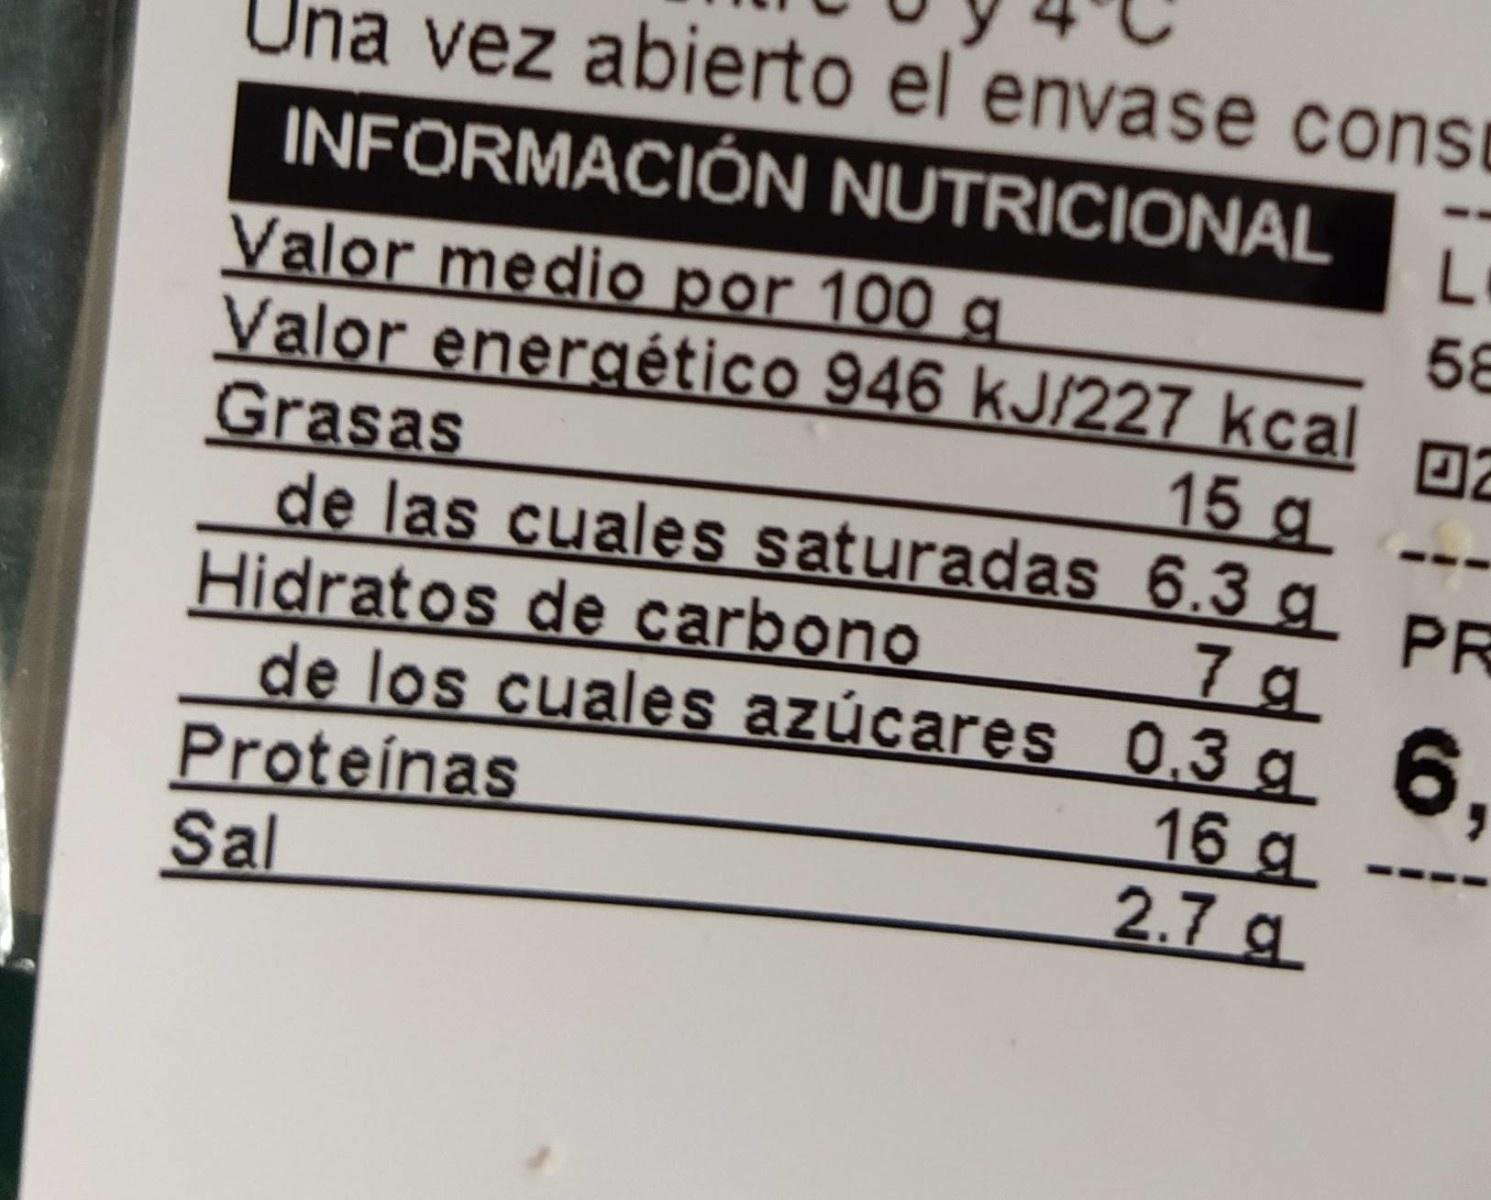
Una vez abierto el envase cons INFORMACIÓN NUTRICIONAL Valor medio por 100 g Valor energético 946 kJ/227 kcal Grasas de las cuales saturadas 6.3 g PR Hidratos de carbono de los cuales azúcares 0.3 g Proteínas Sal 58 15 g 6. 16 g 2.7 g